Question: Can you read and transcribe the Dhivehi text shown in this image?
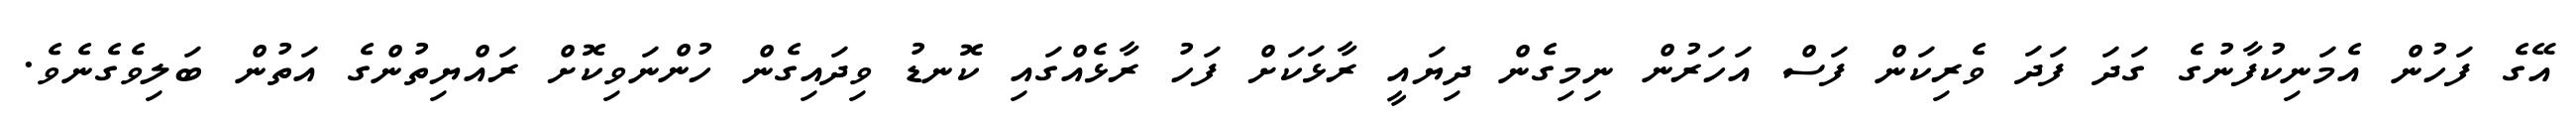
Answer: އޭގެ ފަހުން އެމަނިކުފާނުގެ ގަދަ ފަދަ ވެރިކަން ފަސް އަހަރުން ނިމިގެން ދިޔައީ ރާޅަކަށް ފަހު ރާޅެއްގައި ކޮނޑު ވިދައިގެން ހުންނަވިކޮށް ރައްޔިތުންގެ އަތުން ބަލިވެގެނެވެ.